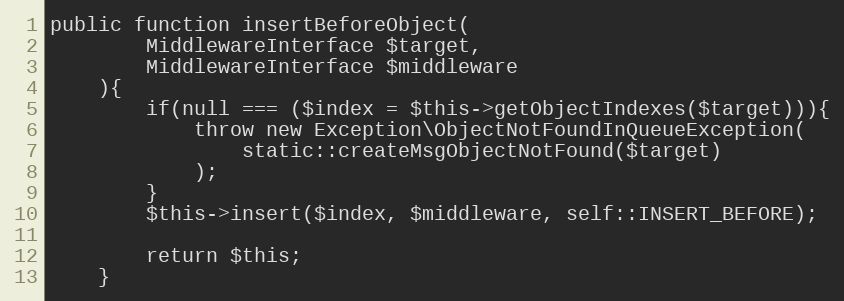
Language: PHP
public function insertBeforeObject(
        MiddlewareInterface $target,
        MiddlewareInterface $middleware
    ){
        if(null === ($index = $this->getObjectIndexes($target))){
            throw new Exception\ObjectNotFoundInQueueException(
                static::createMsgObjectNotFound($target)
            );
        }
        $this->insert($index, $middleware, self::INSERT_BEFORE);

        return $this;
    }